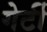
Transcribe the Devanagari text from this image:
गेर्टी